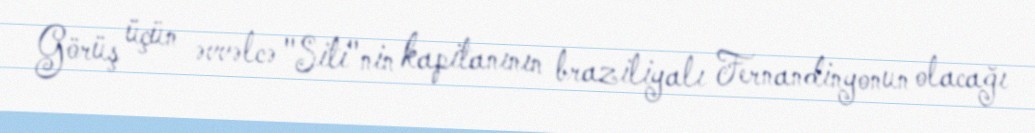
Görüş üçün əvvəlcə "Siti"nin kapitanının braziliyalı Fernandinyonun olacağı